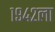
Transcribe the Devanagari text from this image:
१९४२ला